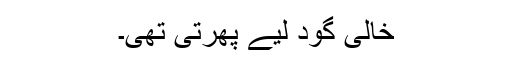
خالی گود لیے پھرتی تھی۔